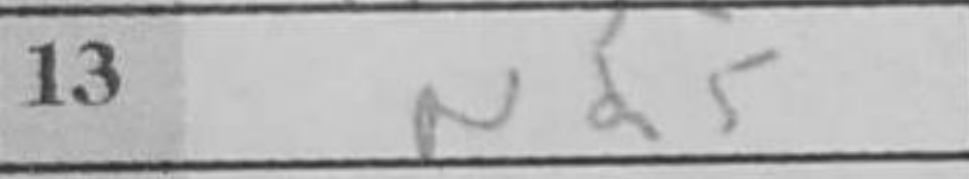
Transcription: Nd5